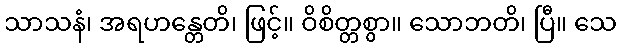
သာသနံ၊ အရဟန္တေတိ၊ ဖြင့်။ ဝိစိတ္တစွာ။ သောဘတိ၊ ပြီ။ သေ